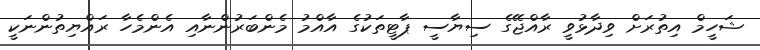
ޝަހީމް އިތުރަށް ވިދާޅުވީ ރާއްޖޭގެ ސިޔާސީ ޕާޓީތަކުގެ އާއްމު މެންބަރުންނާއި އެންމެހާ ރައްޔިތުންނަކީ